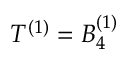
T ^ { ( 1 ) } = B _ { 4 } ^ { ( 1 ) }